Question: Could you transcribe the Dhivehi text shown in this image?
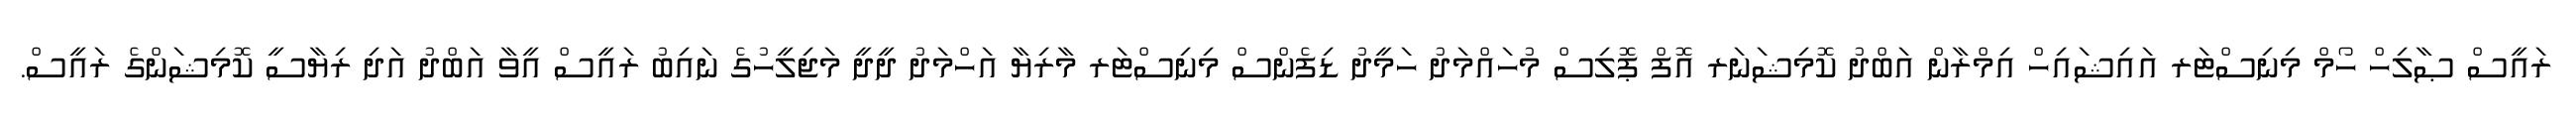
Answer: ރައީސް ޞާލިހް ހޯމް މިނިސްޓަރ އައިޝައިހް އިމްރާން އަބްދު ކޮމިޝަނަރ އޮފް ޕޮލިސް މުހައްމަދު ހަމީދު ޑިފެންސް މިނިސްޓަރ މާރިޔާ އަހްމަދު ދީދީ މަޖިލީހުގެ ނައިބު ރައީސް އީވާ އަބްދު އަދި ރިޔާސީ ކޮމިޝަންގެ ރައީސް.